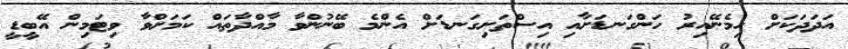
އަދަދަކަށް ހިމެނޭއިރު ހަންގަނޑަށާއި އިސްތަށިގަނޑަށް އެންމެ ބޭނުންވާ މާއްދާތައް ކަމަށްވާ ވިޓަމިން އޭބީޑީ